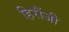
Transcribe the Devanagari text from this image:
हिरौंजी